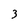
Character: 3